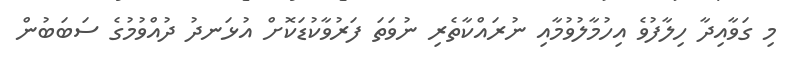
މި ގަވާއިދާ ހިލާފުވެ އިހުމާލުވުމާއި ނުރައްކާތެރި ނުވަތަ ފަރުވާކުޑަކޮށް އުޅަނދު ދުއްވުމުގެ ސަބަބުން